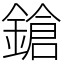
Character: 鎗